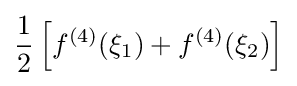
{\frac {1}{2}}\left[f^{(4)}(\xi _{1})+f^{(4)}(\xi _{2})\right]